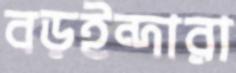
বড়ইন্দারা